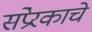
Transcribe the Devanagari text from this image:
संप्रेरकाचे